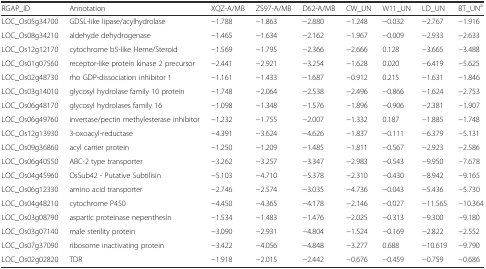
<table><thead><tr><td><b>RGAP_ID</b></td><td><b>Annotation</b></td><td><b>XQZ-A/MB</b></td><td><b>ZS97-A/MB</b></td><td><b>D62-A/MB</b></td><td><b>CW_UN</b></td><td><b>W11_UN</b></td><td><b>LD_UN</b></td><td><b>BT_UN<sup>a</sup></b></td></tr></thead><tbody><tr><td>LOC_Os05g34700</td><td>GDSL-like lipase/acylhydrolase</td><td>−1.788</td><td>−1.863</td><td>−2.880</td><td>−1.248</td><td>−0.032</td><td>−2.767</td><td>−1.916</td></tr><tr><td>LOC_Os08g34210</td><td>aldehyde dehydrogenase</td><td>−1.465</td><td>−1.634</td><td>−2.162</td><td>−1.967</td><td>−0.009</td><td>−2.933</td><td>−2.633</td></tr><tr><td>LOC_Os12g12170</td><td>cytochrome b5-like Heme/Steroid</td><td>−1.569</td><td>−1.795</td><td>−2.366</td><td>−2.666</td><td>0.128</td><td>−3.665</td><td>−3.488</td></tr><tr><td>LOC_Os01g07560</td><td>receptor-like protein kinase 2 precursor</td><td>−2.441</td><td>−2.921</td><td>−3.254</td><td>−1.628</td><td>0.020</td><td>−6.419</td><td>−5.625</td></tr><tr><td>LOC_Os02g48730</td><td>rho GDP-dissociation inhibitor 1</td><td>−1.161</td><td>−1.433</td><td>−1.687</td><td>−0.912</td><td>0.215</td><td>−1.631</td><td>−1.846</td></tr><tr><td>LOC_Os03g14010</td><td>glycosyl hydrolase family 10 protein</td><td>−1.748</td><td>−2.064</td><td>−2.538</td><td>−2.496</td><td>−0.866</td><td>−1.624</td><td>−2.753</td></tr><tr><td>LOC_Os06g48170</td><td>glycosyl hydrolases family 16</td><td>−1.098</td><td>−1.348</td><td>−1.576</td><td>−1.896</td><td>−0.906</td><td>−2.381</td><td>−1.907</td></tr><tr><td>LOC_Os06g49760</td><td>invertase/pectin methylesterase inhibitor</td><td>−1.232</td><td>−1.755</td><td>−2.007</td><td>−1.332</td><td>0.187</td><td>−1.885</td><td>−1.748</td></tr><tr><td>LOC_Os12g13930</td><td>3-oxoacyl-reductase</td><td>−4.391</td><td>−3.624</td><td>−4.626</td><td>−1.837</td><td>−0.111</td><td>−6.379</td><td>−5.131</td></tr><tr><td>LOC_Os09g36860</td><td>acyl carrier protein</td><td>−1.250</td><td>−1.209</td><td>−1.485</td><td>−1.811</td><td>−0.567</td><td>−2.923</td><td>−2.586</td></tr><tr><td>LOC_Os06g40550</td><td>ABC-2 type transporter</td><td>−3.262</td><td>−3.257</td><td>−3.347</td><td>−2.983</td><td>−0.543</td><td>−9.950</td><td>−7.678</td></tr><tr><td>LOC_Os04g45960</td><td>OsSub42 - Putative Subtilisin</td><td>−5.103</td><td>−4.710</td><td>−5.378</td><td>−2.310</td><td>−0.430</td><td>−8.942</td><td>−9.165</td></tr><tr><td>LOC_Os06g12330</td><td>amino acid transporter</td><td>−2.746</td><td>−2.574</td><td>−3.035</td><td>−4.736</td><td>−0.043</td><td>−5.436</td><td>−5.730</td></tr><tr><td>LOC_Os04g48210</td><td>cytochrome P450</td><td>−4.450</td><td>−4.365</td><td>−4.178</td><td>−2.146</td><td>−0.027</td><td>−11.565</td><td>−10.364</td></tr><tr><td>LOC_Os03g08790</td><td>aspartic proteinase nepenthesin</td><td>−1.534</td><td>−1.483</td><td>−1.476</td><td>−2.025</td><td>−0.313</td><td>−9.300</td><td>−9.180</td></tr><tr><td>LOC_Os03g07140</td><td>male sterility protein</td><td>−3.090</td><td>−2.931</td><td>−4.804</td><td>−1.524</td><td>−0.169</td><td>−2.822</td><td>−2.552</td></tr><tr><td>LOC_Os07g37090</td><td>ribosome inactivating protein</td><td>−3.422</td><td>−4.056</td><td>−4.848</td><td>−3.277</td><td>0.688</td><td>−10.619</td><td>−9.790</td></tr><tr><td>LOC_Os02g02820</td><td>TDR</td><td>−1.918</td><td>−2.015</td><td>−2.442</td><td>−0.676</td><td>−0.459</td><td>−0.759</td><td>−0.686</td></tr></tbody></table>